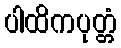
ပါထိကပုတ္တံ